Report on vaccination North-West Frontier Province 1904-1922 - 1904-1922
Year: 1904
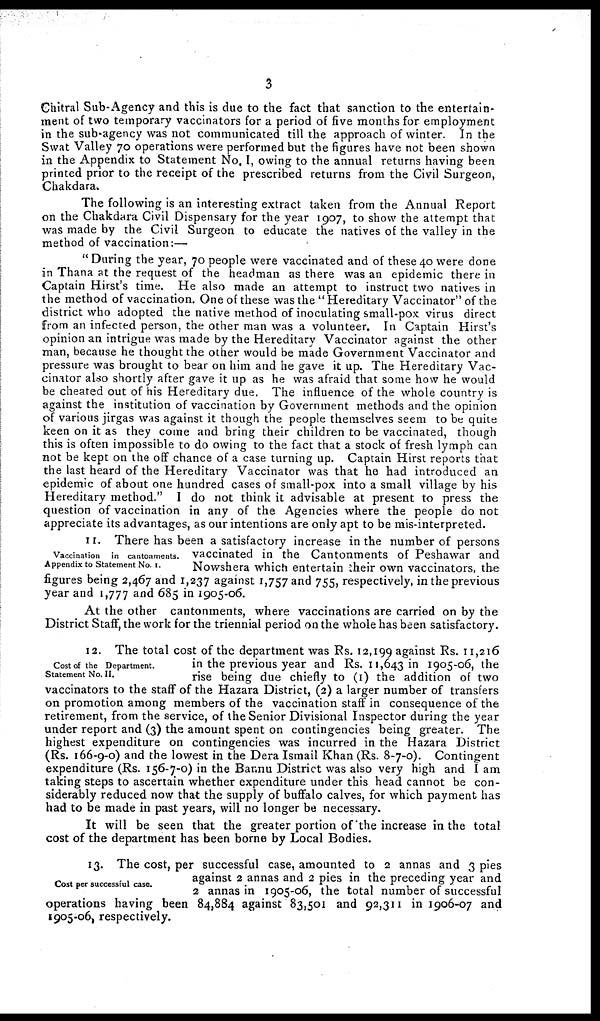
3
Chitral Sub-Agency and this is due to the fact that sanction to the entertain-
ment of two temporary vaccinators for a period of five months for employment
in the sub-agency was not communicated till the approach of winter. In the
Swat Valley 70 operations were performed but the figures have not been shown
in the Appendix to Statement No. I, owing to the annual returns having been
printed prior to the receipt of the prescribed returns from the Civil Surgeon,
Chakdara.
The following is an interesting extract taken from the Annual Report
on the Chakdara Civil Dispensary for the year 1907, to show the attempt that
was made by the Civil Surgeon to educate the natives of the valley in the
method of vaccination:—
" During the year, 70 people were vaccinated and of these 40 were done
in Thana at the request of the headman as there was an epidemic there in
Captain Hirst's time. He also made an attempt to instruct two natives in
the method of vaccination. One of these was the "Hereditary Vaccinator" of the
district who adopted the native method of inoculating small-pox virus direct
from an infected person, the other man was a volunteer. In Captain Hirst's
opinion an intrigue was made by the Hereditary Vaccinator against the other
man, because he thought the other would be made Government Vaccinator and
pressure was brought to bear on him and he gave it up. The Hereditary Vac-
cinator also shortly after gave it up as he was afraid that some how he would
be cheated out of his Hereditary due. The influence of the whole country is
against the institution of vaccination by Government methods and the opinion
of various jirgas was against it though the people themselves seem to be quite
keen on it as they come and bring their children to be vaccinated, though
this is often impossible to do owing to the fact that a stock of fresh lymph can
not be kept on the off chance of a case turning up. Captain Hirst reports that
the last heard of the Hereditary Vaccinator was that he had introduced an
epidemic of about one hundred cases of small-pox into a small village by his
Hereditary method." I do not think it advisable at present to press the
question of vaccination in any of the Agencies where the people do not
appreciate its advantages, as our intentions are only apt to be mis-interpreted.
Vaccination in cantonments.
Appendix to Statement No. I.
11. There has been a satisfactory increase in the number of persons
vaccinated in the Cantonments of Peshawar and
Nowshera which entertain their own vaccinators, the
figures being 2,467 and 1,237 against 1,757 and 755, respectively, in the previous
year and 1,777 and 685 in 1905-06.
At the other cantonments, where vaccinations are carried on by the
District Staff, the work for the triennial period on the whole has been satisfactory.
Cost of the Department.
Statement No. II.
12. The total cost of the department was Rs. 12,199 against Rs. 11,216
in the previous year and Rs. 11,643 in 1905-06, the
rise being due chiefly to (1) the addition of two
vaccinators to the staff of the Hazara District, (2) a larger number of transfers
on promotion among members of the vaccination staff in consequence of the
retirement, from the service, of the Senior Divisional Inspector during the year
under report and (3) the amount spent on contingencies being greater. The
highest expenditure on contingencies was incurred in the Hazara District
(Rs. 166-9-0) and the lowest in the Dera Ismail Khan (Rs. 8-7-0). Contingent
expenditure (Rs. 156-7-0) in the Bannu District was also very high and I am
taking steps to ascertain whether expenditure under this head cannot be con-
siderably reduced now that the supply of buffalo calves, for which payment has
had to be made in past years, will no longer be necessary.
It will be seen that the greater portion of the increase in the total
cost of the department has been borne by Local Bodies.
Cost per successful case.
13. The cost, per successful case, amounted to 2 annas and 3 pies
against 2 annas and 2 pies in the preceding year and
2 annas in 1905-06, the total number of successful
operations having been 84,884 against 83,501 and 92,311 in 1906-07 and
1905-06, respectively.